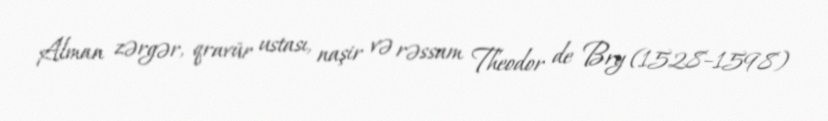
Alman zərgər, qravür ustası, naşir və rəssam Theodor de Bry (1528–1598)